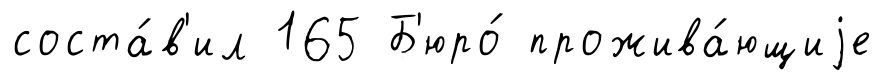
соста́в'ил 165 Б'юро́ прожива́ющиjе